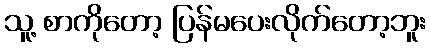
သူ့ စာကိုတော့ ပြန်မပေးလိုက်တော့ဘူး